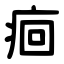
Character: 痐